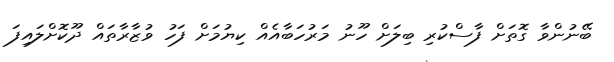
ބޭނުންވާ ގޮތަށް ފާސްކުރި ބިލަށް ހޫނު މަރުހަބާއެއް ކިޔުމަށް ފަހު ވުޒާރާތައް ދޫކޮށްލައިފަ